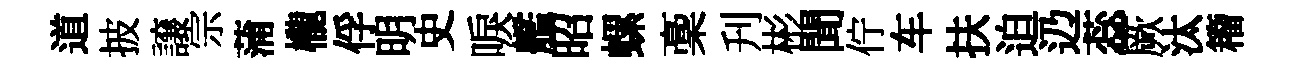
道披譲宗蒲櫳俘明史唳艦昭螺稾刋彬聞佇车扶迫辸蕊厥汰籕